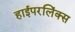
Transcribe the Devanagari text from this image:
हाईपरलिंक्स